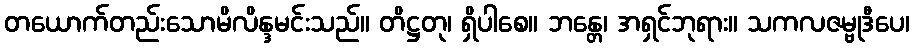
တယောက်တည်းသောမိလိန္ဒမင်းသည်။ တိဋ္ဌတု၊ ရှိပါစေ။ ဘန္တေ၊ အရှင်ဘုရား။ သကလဇမ္ဗုဒီပေ၊